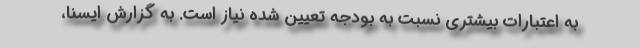
به اعتبارات بیشتری نسبت به بودجه تعیین شده نیاز است. به گزارش ایسنا،